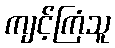
ကျင့်ကြံသူ